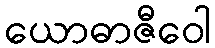
ယောဓာဇီဝေါ